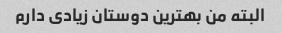
البته من بهترین دوستان زیادی دارم